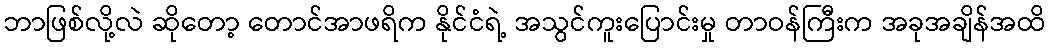
ဘာဖြစ်လို့လဲ ဆိုတော့ တောင်အာဖရိက နိုင်ငံရဲ့ အသွင်ကူးပြောင်းမှု တာဝန်ကြီးက အခုအချိန်အထိ